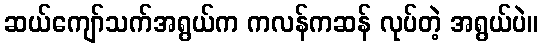
ဆယ်ကျော်သက်အရွယ်က ကလန်ကဆန် လုပ်တဲ့ အရွယ်ပဲ။